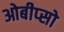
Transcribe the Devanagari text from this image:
ओबीप्‍सो